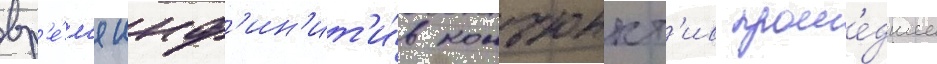
вр'е́м'я инф'ин'ит'и́в конъюнкт'ив проше́дшее